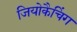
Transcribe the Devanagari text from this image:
जियोकैचिंग